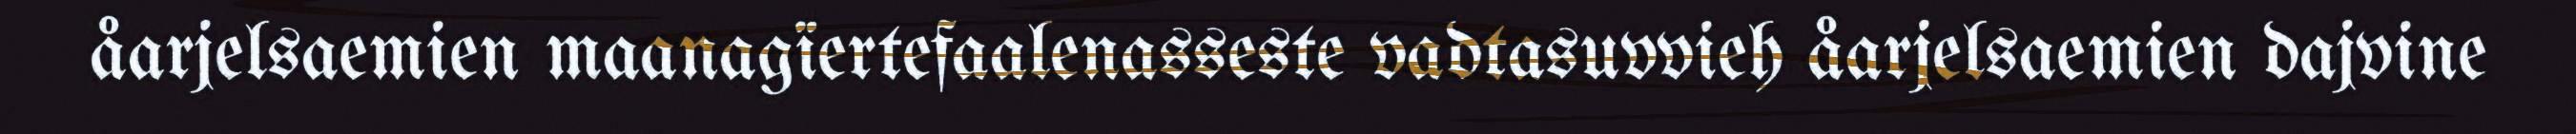
åarjelsaemien maanagïertefaalenasseste vadtasuvvieh åarjelsaemien dajvine